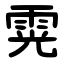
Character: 䨔